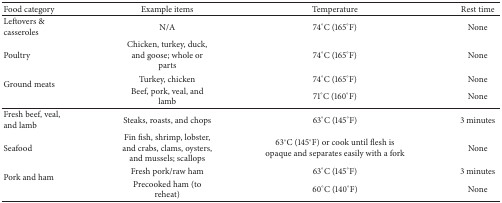
| Food category | Example items | Temperature | Rest time |
 | --- | --- | --- | --- |
 | Leftovers & casseroles | N/A | 74°C (165°F) | None |
 | Poultry | Chicken, turkey, duck, and goose; whole or parts | 74°C (165°F) | None |
 | <ROWSPAN=2> Ground meats | Turkey, chicken | 74°C (165°F) | None |
 | Beef, pork, veal, and lamb | 71°C (160°F) | None |
 | Fresh beef, veal, and lamb | Steaks, roasts, and chops | 63°C (145°F) | 3 minutes |
 | Seafood | Fin fish, shrimp, lobster, and crabs, clams, oysters, and mussels; scallops | 63°C (145°F) or cook until flesh is opaque and separates easily with a fork | None |
 | <ROWSPAN=2> Pork and ham | Fresh pork/raw ham | 63°C (145°F) | 3 minutes |
 | Precooked ham (to reheat) | 60°C (140°F) | None |